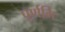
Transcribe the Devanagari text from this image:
पूर्णमि